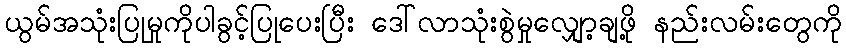
ယွမ်အသုံးပြုမှုကိုပါခွင့်ပြုပေးပြီး ဒေါ်လာသုံးစွဲမှုလျှော့ချဖို့ နည်းလမ်းတွေကို